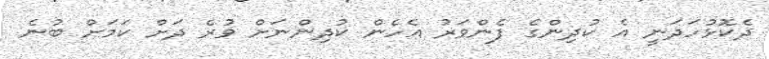
ދެކޮޅުހަދަނީ އެ ކުދިންގެ ފެންވަރު އެހެން ކުދިންނަށް ވުރެ ދަށް ކަމަށް ބުނެ